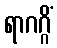
ရာဂဂ္ဂိံ